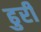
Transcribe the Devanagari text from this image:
ढुरी